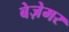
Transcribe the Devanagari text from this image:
बेज़ेमर